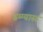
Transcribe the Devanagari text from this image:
डग्ग्यास